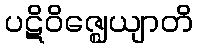
ပဋိဝိဇ္ဈေယျာတိ